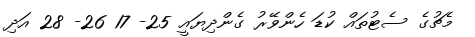
މެޗުގެ ސެޓުތައް ކުޑަ ހެންވޭރު ގެންދިޔައީ 25- 17 26- 28 އަދި